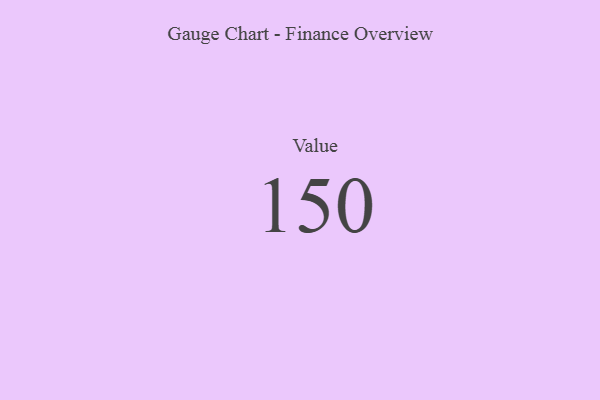
{"axis": {"x": "Metric", "y": "Value"}, "legend": [""], "data": [{"x": "Value", "y": 150, "type": ""}]}